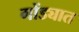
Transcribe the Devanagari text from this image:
गोंड्यात